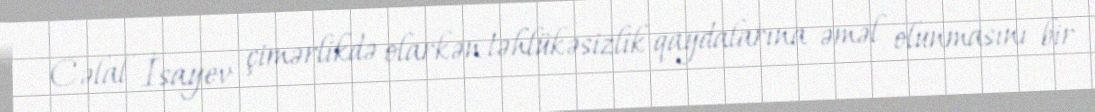
Cəlal İsayev çimərlikdə olarkən təhlükəsizlik qaydalarına əməl olunmasını bir